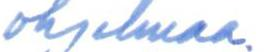
ohjelmaa.